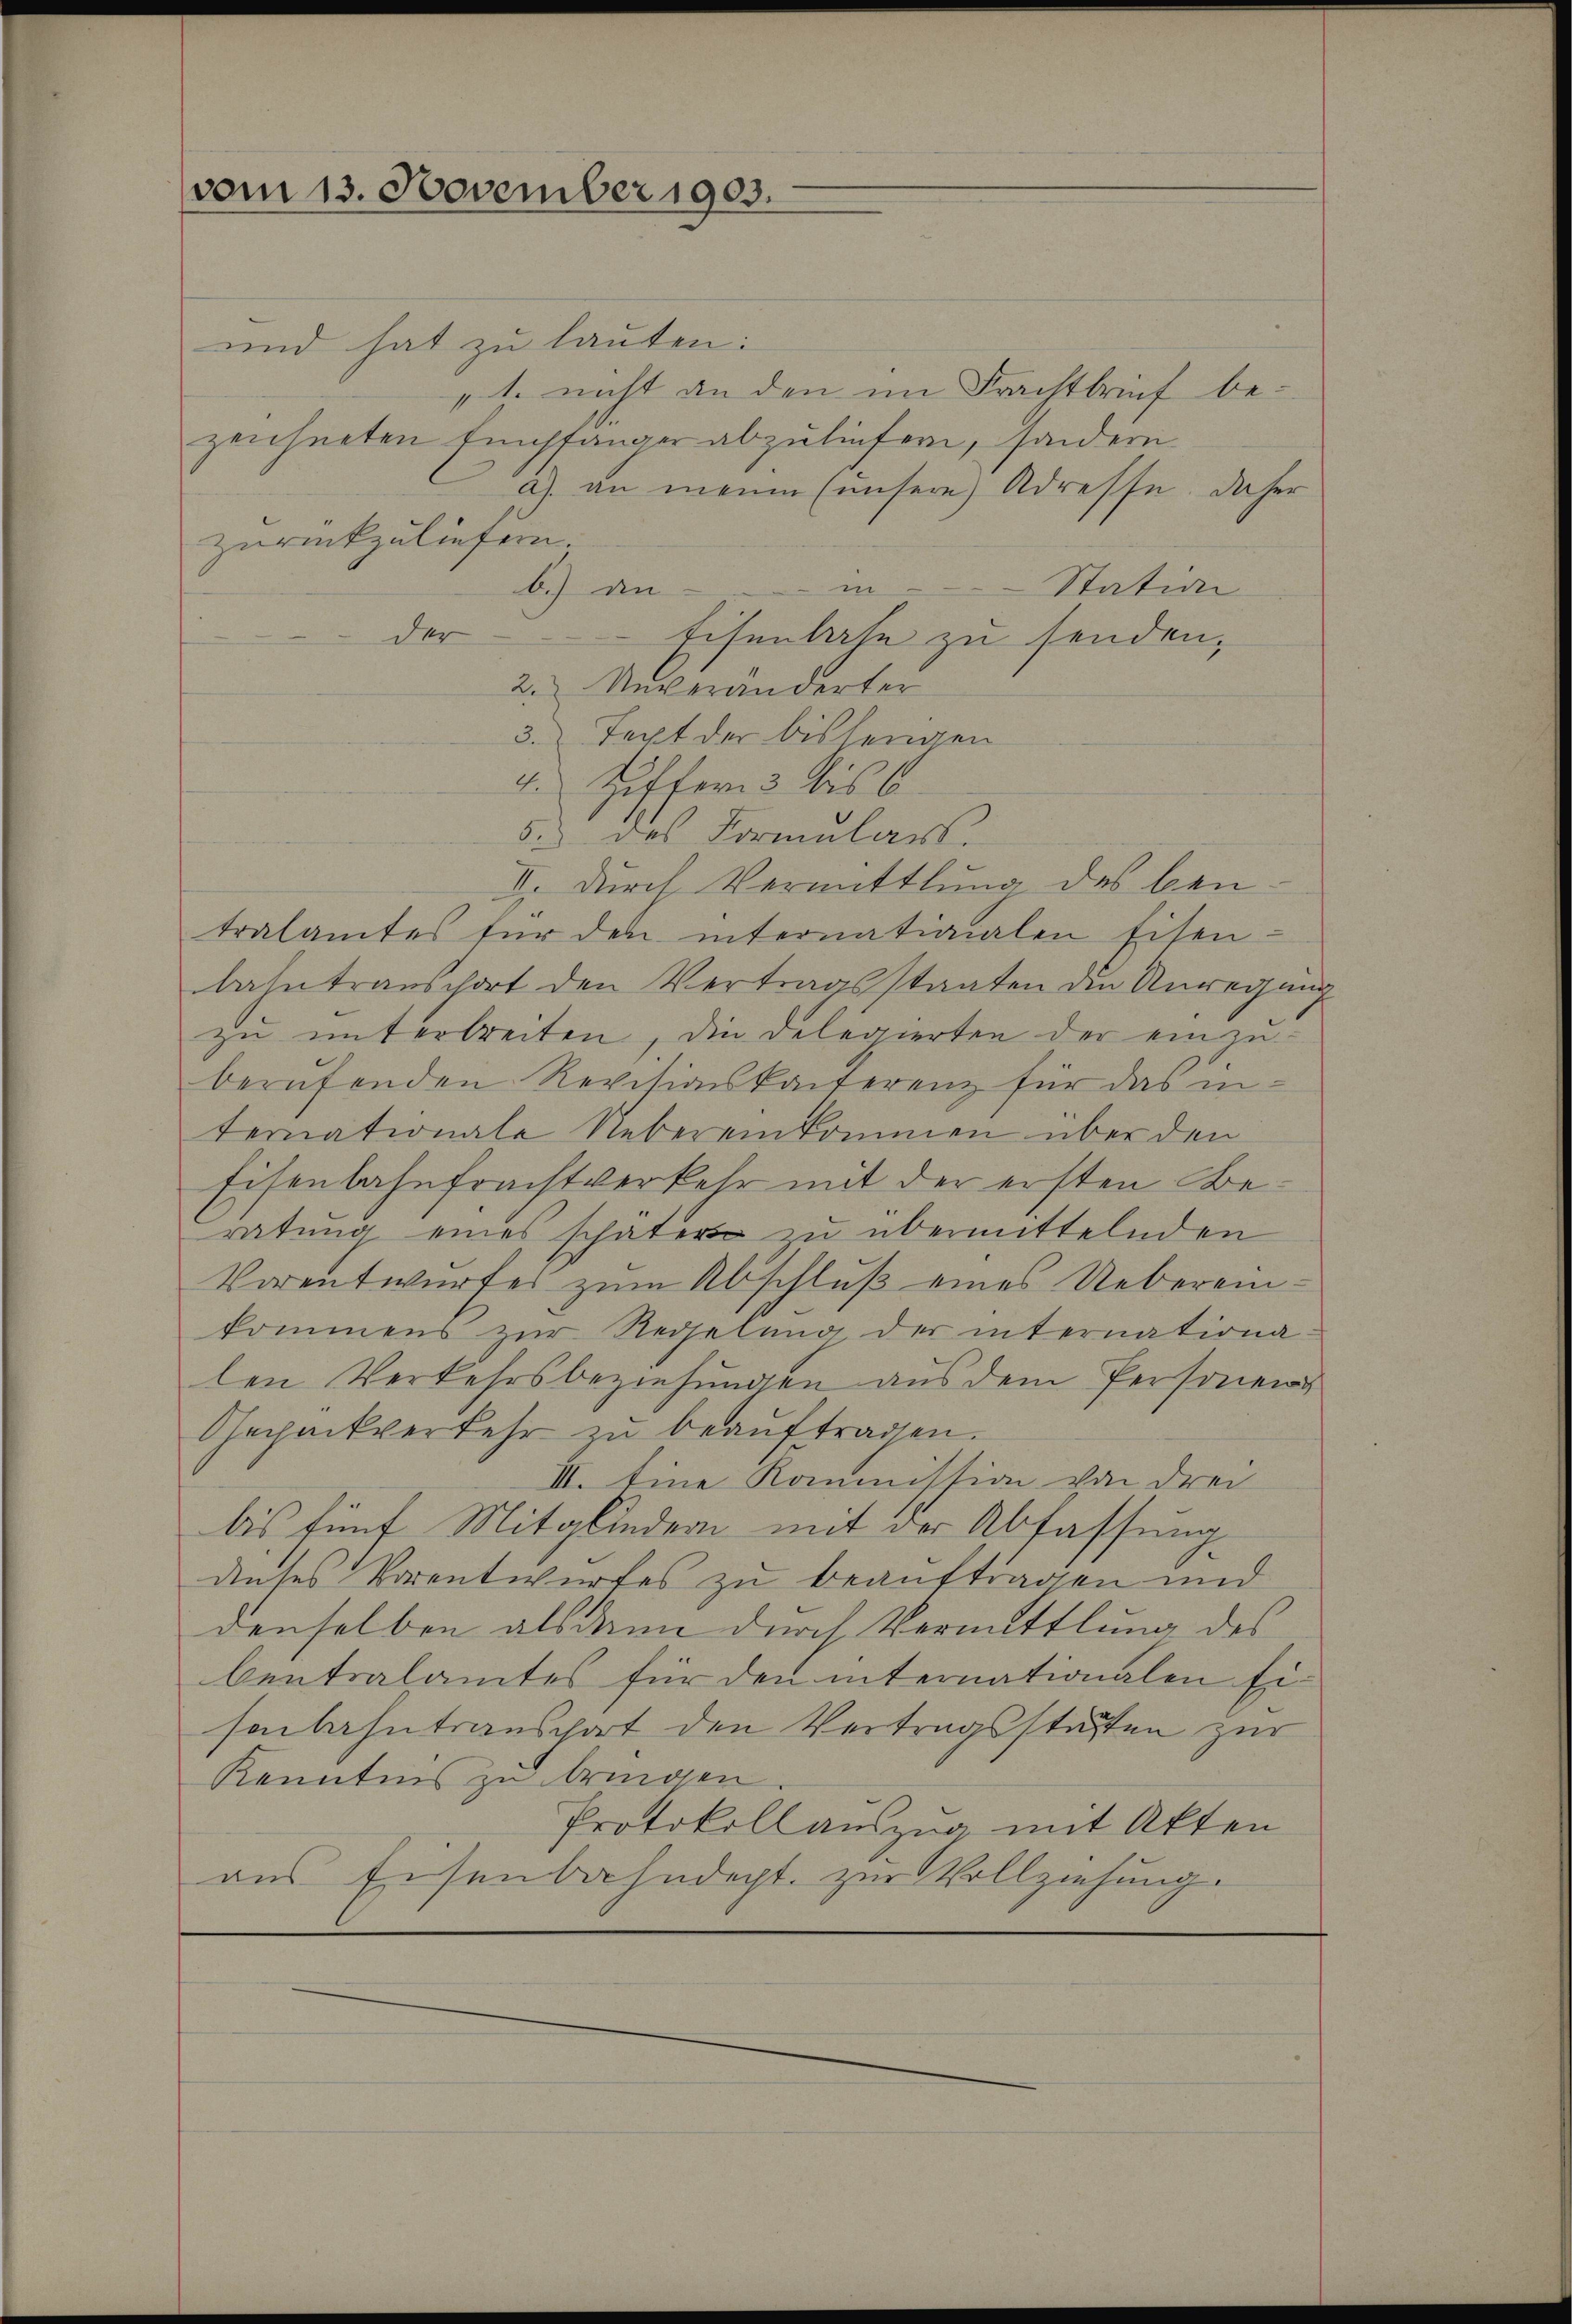
vom 13. November 1903.

und hat zu lauten:
„1. nicht an den im Frachtbrief be-
zeichneten Empfänger abzuliefern, sondern
a) an meine (unsere Adresse, daher
zurückzuliefern.
i
b.) an
Station
der
Eisenlase zu senden,
2. Unveränderter
3. Text der bissengen
4 Ziffern 3 bis 6.
5.) des Formulars.
I. durch Vermittlung des beitralamtes für den internationalen Eisen-
bahntranschort den Vertragsstaaten die Anregung
zu unterbreiten, die Delegierten der einzuberufenden Revisionskanferenz für das in-
ternationale Uebereinkommen über den
Eisenbahnfrachtverkehr mit der ersten Beratung eines schäter zu übermittelnden
Vorentwurfes zum Abschluß eines Uebereinkommens zŭr Regelung der internationalen Verkehrsbeziehungen aus dem Personen
Gepackverkehr zŭ beaŭftragen.
III. Eine Kommission von drei
bis fünf Mitgliedern mit der Abfassung
dieses Vorentwurfes zu beauftragen und
denselben alsdann durch Vermittlung des
bentsalamtes für den internationalen Eisenbahntranschart den Vertragsstatten zur
Kenntens zu bringen
Protokoll auszug mit Akten
aus Eisenbahndept. zur Vollziehung.